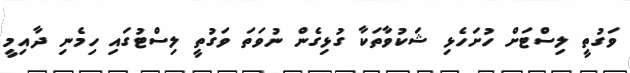
ވަގުތީ ލިސްޓަށް ހުށަހެޅި ޝަކުވާތަކާ ގުޅިގެން ނުވަތަ ވަގުތީ ލިސްޓުގައި ހިމެނި ދާއިމީ